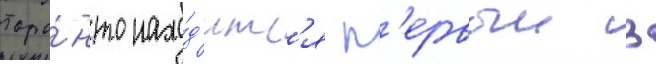
торо́нто нахо́д'итс'я п'ервыи в